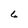
Character: 6